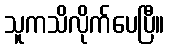
သူကသိလိုက်ပေပြီ။